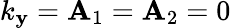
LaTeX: k_{\mathbf{y}}={\mathbf{A}}_{1}={\mathbf{A}}_{2}=0